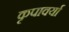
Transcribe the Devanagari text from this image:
कृपावर्या